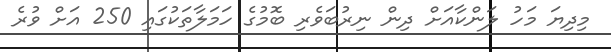
މިދިޔަ މަހު ލަންކާއަށް ދިން ނިރުބަވެރި ބޮމުގެ ހަމަލާތަކުގައި 250 އަށް ވުރެ